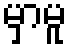
မှာမူ